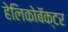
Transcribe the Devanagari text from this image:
हेलिकोबॅक्टर